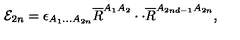
{ \cal E } _ { 2 n } = \epsilon _ { A _ { 1 } . . . A _ { 2 n } } \overline { { R } } ^ { A _ { 1 } A _ { 2 } } \cdot \cdot \overline { { R } } ^ { A _ { 2 n d - 1 } A _ { 2 n } } ,